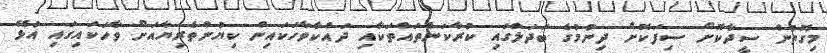
މިގޮތުން ސީދާކޮށް ސިފަކޮށް ދިނުމުގެ ބަދަލުގައި ކުރާކަންތައްތަކާއި ދައްކާވާހަކައިން ކިޔުންތެރިޔާއަށް ވާހަކައިގައި އުޅޭ